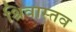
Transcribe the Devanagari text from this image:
श्रिवास्तव